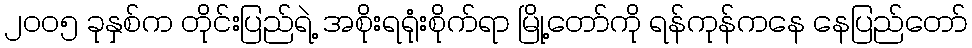
၂၀၀၅ ခုနှစ်က တိုင်းပြည်ရဲ့ အစိုးရရုံးစိုက်ရာ မြို့တော်ကို ရန်ကုန်ကနေ နေပြည်တော်